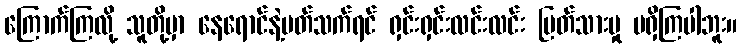
ကြောက်ကြလို့ သူတို့မှာ နေရောင်နဲ့ပတ်သက်ရင် ရှင်းရှင်းလင်းလင်း ပြတ်သားမှု မရှိကြပါဘူး။